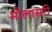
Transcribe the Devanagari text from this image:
मौलासरी